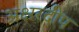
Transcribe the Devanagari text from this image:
अक्षरदीप